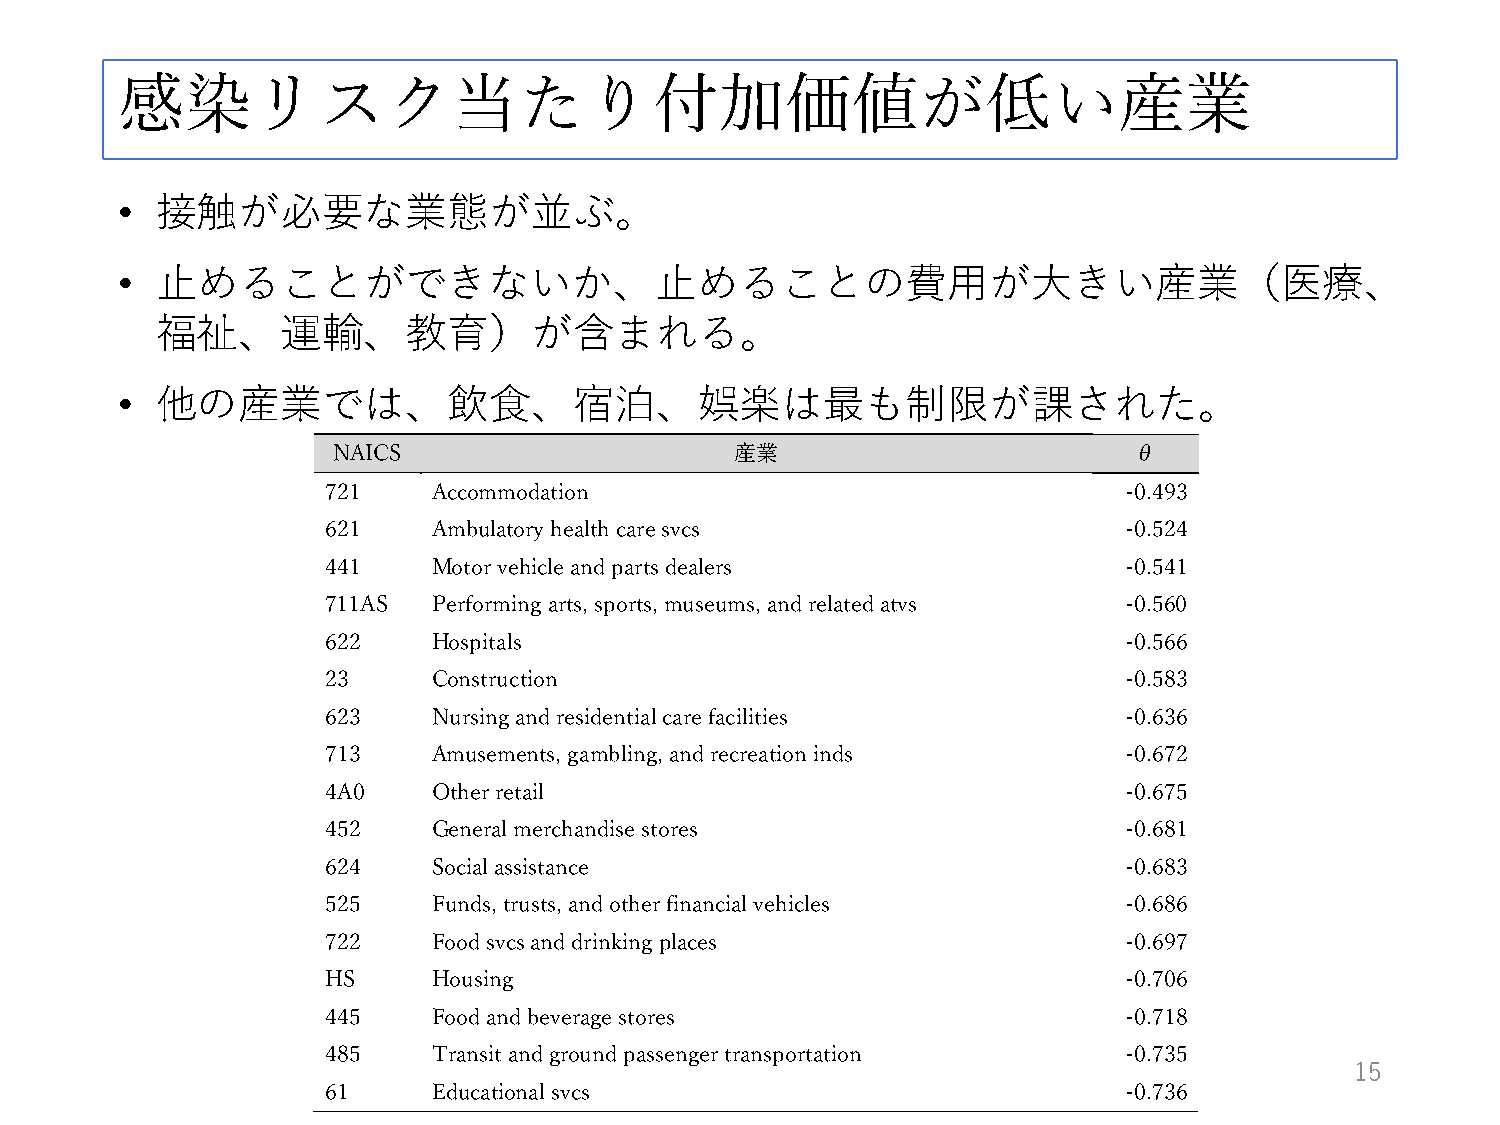
感染リスク当たり付加価値が低い産業
 • 接触が必要な業態が並ぶ。
 • 止めることができないか、止めることの費用が大きい産業（医療、
 福祉、運輸、教育）が含まれる。
 • 他の産業では、飲食、宿泊、娯楽は最も制限が課された。
 NAICS                      産業                        θ
 721    Accommodation                                -0.493
 621    Ambulatory health care svcs                  -0.524
 441    Motor vehicle and parts dealers              -0.541
 711AS  Performing arts, sports, museums, and related atvs -0.560
 622    Hospitals                                    -0.566
 23     Construction                                 -0.583
 623    Nursing and residential care facilities      -0.636
 713    Amusements, gambling, and recreation inds    -0.672
 4A0    Other retail                                 -0.675
 452    General merchandise stores                   -0.681
 624    Social assistance                            -0.683
 525    Funds, trusts, and other financial vehicles  -0.686
 722    Food svcs and drinking places                -0.697
 HS     Housing                                      -0.706
 445    Food and beverage stores                     -0.718
 485    Transit and ground passenger transportation  -0.735
 15
 61     Educational svcs                             -0.736